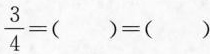
$$\frac { 3 } { 4 } = ( ) = ( )%%